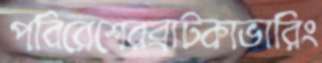
পবিরেশেরব্রাটকাভারিং